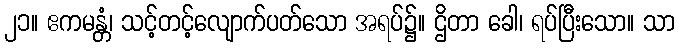
၂၁။ ဧကမန္တံ၊ သင့်တင့်လျောက်ပတ်သော အရပ်၌။ ဌိတာ ခေါ၊ ရပ်ပြီးသော။ သာ